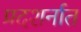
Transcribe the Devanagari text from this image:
प्रदशर्नात